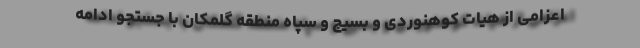
اعزامی از هیات کوهنوردی و بسیج و سپاه منطقه گلمکان با جستجو ادامه